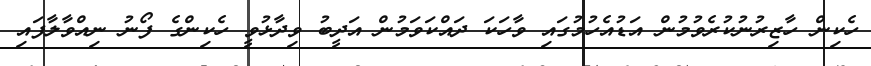
ހެކިން ހާޒިރުނުކުރެވުމުން އަޑުއެހުމުގައި ވާހަކަ ދައްކަވަމުން އަދީބު ވިދާޅުވީ ހެކިންގެ ފޯނު ނިއްވާލާފައި